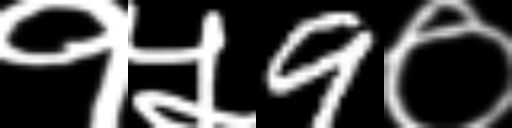
Text: १५9०